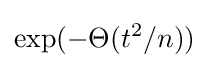
\exp(-\Theta (t^{2}/n))